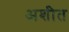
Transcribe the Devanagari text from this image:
अशीत